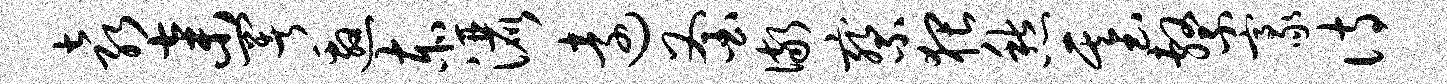
袁弃署邀赤洒远釜儆察猥愁基系豪诗